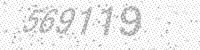
Solution: 569119